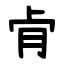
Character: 肻